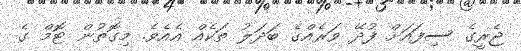
ޖެރީގެ ސިފައަށް ފުދޭ ވަރެއްގެ ބަދަލު ތަކެއް އެއެވެ. މިގޮތުން ޓޮމް ގެ